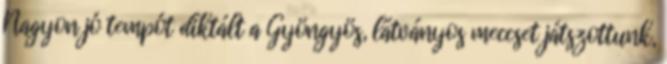
Nagyon jó tempót diktált a Gyöngyös, látványos meccset játszottunk,